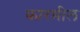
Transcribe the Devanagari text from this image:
कारमील